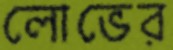
লোভের